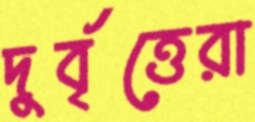
দুর্বৃত্তেরা